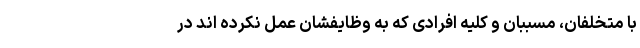
با متخلفان، مسببان و کلیه افرادی که به وظایفشان عمل نکرده اند در